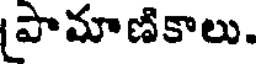
పామాణికాలు.